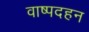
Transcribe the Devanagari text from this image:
वाष्पदहन